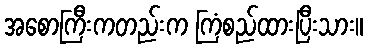
အစောကြီးကတည်းက ကြံစည်ထားပြီးသား။